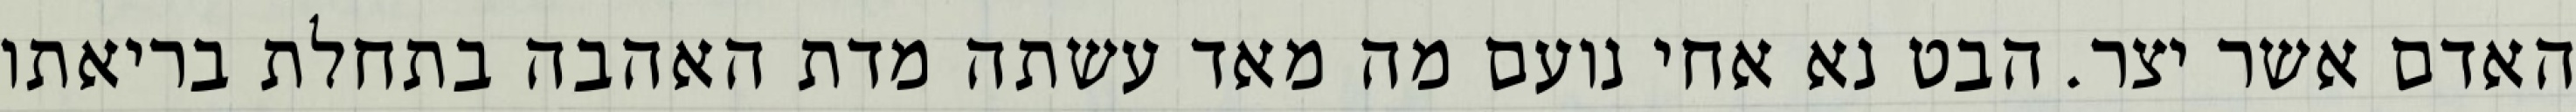
האדם אשר יצר. הבט נא אחי נועם מה מאד עשתה מדת האהבה בתחלת בריאתו